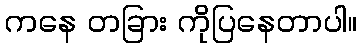
ကနေ တခြား ကိုပြနေတာပါ။